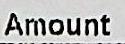
AMOUNT